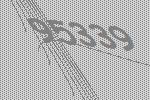
95339